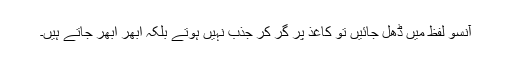
آنسو لفظ میں ڈھل جائیں تو کاغذ پر گر کر جذب نہیں ہوتے بلکہ اُبھر اُبھر جاتے ہیں۔